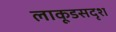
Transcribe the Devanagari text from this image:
लाकूडसदृश